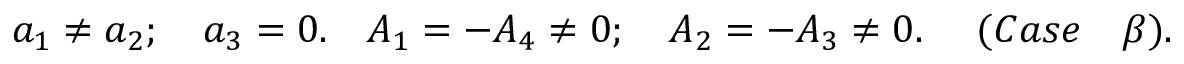
a _ { 1 } \neq a _ { 2 } ; ~ ~ ~ a _ { 3 } = 0 . ~ ~ ~ A _ { 1 } = - A _ { 4 } \neq 0 ; ~ ~ ~ A _ { 2 } = - A _ { 3 } \neq 0 . ~ ~ ~ ~ ( C a s e ~ ~ ~ \beta ) .